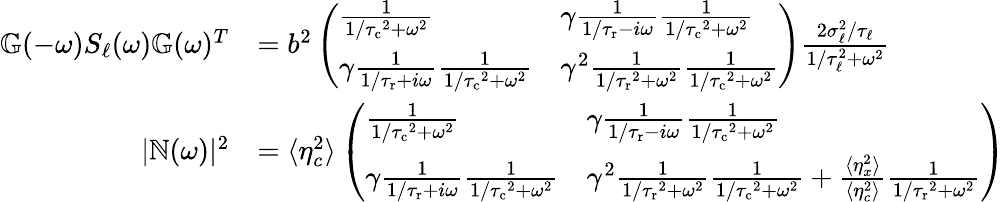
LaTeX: \begin{array}{rl}{\mathbb{G}(-\omega)S_{\ell}(\omega)\mathbb{G}(\omega)^{T}}&{=b^{2}\left(\begin{array}{ll}{\frac{1}{1/{\tau_{\mathrm{c}}}^{2}+\omega^{2}}}&{\gamma\frac{1}{1/{\tau_{\mathrm{r}}}-i\omega}\frac{1}{1/{\tau_{\mathrm{c}}}^{2}+\omega^{2}}}\\ {\gamma\frac{1}{1/{\tau_{\mathrm{r}}}+i\omega}\frac{1}{1/{\tau_{\mathrm{c}}}^{2}+\omega^{2}}}&{\gamma^{2}\frac{1}{1/{\tau_{\mathrm{r}}}^{2}+\omega^{2}}\frac{1}{1/{\tau_{\mathrm{c}}}^{2}+\omega^{2}}}\end{array}\right)\frac{2\sigma_{\ell}^{2}/\tau_{\ell}}{1/\tau_{\ell}^{2}+\omega^{2}}}\\ {|\mathbb{N}(\omega)|^{2}}&{=\langle\eta_{c}^{2}\rangle\left(\begin{array}{ll}{\frac{1}{1/{\tau_{\mathrm{c}}}^{2}+\omega^{2}}}&{\gamma\frac{1}{1/{\tau_{\mathrm{r}}}-i\omega}\frac{1}{1/{\tau_{\mathrm{c}}}^{2}+\omega^{2}}}\\ {\gamma\frac{1}{1/{\tau_{\mathrm{r}}}+i\omega}\frac{1}{1/{\tau_{\mathrm{c}}}^{2}+\omega^{2}}}&{\gamma^{2}\frac{1}{1/{\tau_{\mathrm{r}}}^{2}+\omega^{2}}\frac{1}{1/{\tau_{\mathrm{c}}}^{2}+\omega^{2}}+\frac{\langle\eta_{x}^{2}\rangle}{\langle\eta_{c}^{2}\rangle}\frac{1}{1/{\tau_{\mathrm{r}}}^{2}+\omega^{2}}}\end{array}\right)}\end{array}